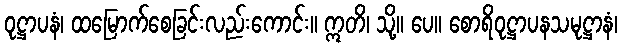
ဝုဋ္ဌာပနံ၊ ထမြောက်စေခြင်းလည်းကောင်း။ ဣတိ၊ သို့။ ပေ။ စောရိဝုဋ္ဌာပနသမုဋ္ဌာနံ၊